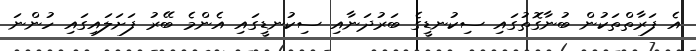
އެ ފަރާތްތަކުން ބުނާގޮތުގައި ސިކުނޑީގެ ބަރުދަނާއި ސިކުނޑީގައި އެންމެ ބޭރު ފަށަލައިގައި ހުންނަ